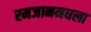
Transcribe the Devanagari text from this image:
रमजानमधला